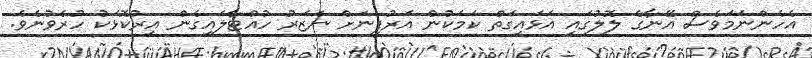
އެހެންނަމަވެސް އޭނާގެ ލޮލުގައި އަޅައިގަތް ކަމަކުން އަރުފީނަށް ނަޒަރު ހުއްޓާލައިގެން އިރުކޮޅަކު ހުރެވުނެވެ.